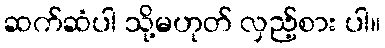
ဆက်ဆံပါ သို့မဟုတ် လှည့်စား ပါ။